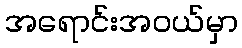
အရောင်းအဝယ်မှာ